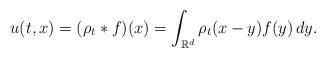
LaTeX: \begin{align*}u(t,x)=(\rho_{t}\ast f)(x)=\int_{\mathbb{R}^{d}}\rho_{t}(x-y)f(y)\,dy.\end{align*}